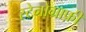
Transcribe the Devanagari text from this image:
स्टेनोग्राफ़ी